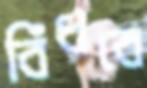
বিঁধবে